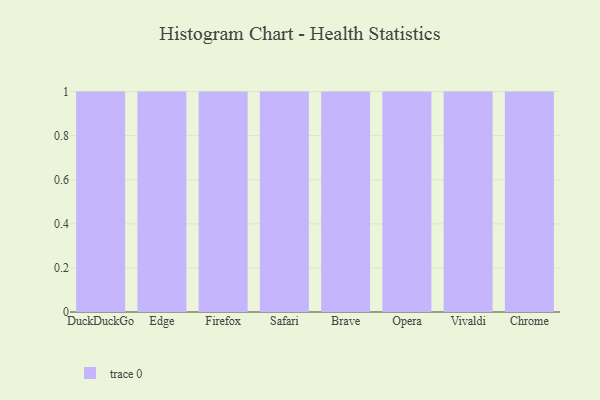
{"axis": {"x": "Browser", "y": "Revenue (USD Million)"}, "legend": [""], "data": [{"x": "DuckDuckGo", "y": 31, "type": ""}, {"x": "Edge", "y": 17, "type": ""}, {"x": "Firefox", "y": 59, "type": ""}, {"x": "Safari", "y": 66, "type": ""}, {"x": "Brave", "y": 96, "type": ""}, {"x": "Opera", "y": 83, "type": ""}, {"x": "Vivaldi", "y": 54, "type": ""}, {"x": "Chrome", "y": 66, "type": ""}]}